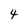
Character: 4